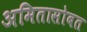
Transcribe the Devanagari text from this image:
अमितासोबत